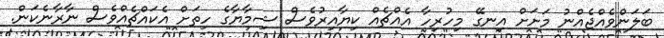
ބަލަންވެއްޖެއްނު މަށަށް އިނގޭ މިހުރިހާ އެއްޗެއް ކިޔާއިރުވެސް ޝިމާޔާގެ ހިތަށް އެކައްޗެއްވެސް ނާރާނެކަން.